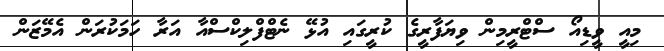
މިއީ ވީޑިއޯ ސްޓްރީމިން ވިޔަފާރީގެ ކުރީގައި އުޅޭ ނެޓްފްލިކްސްއާ އަރާ ހަމަކުރަން އެމޭޒަން